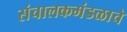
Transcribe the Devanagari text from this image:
संचालकमंडळाचे